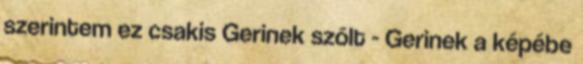
szerintem ez csakis Gerinek szólt - Gerinek a képébe